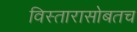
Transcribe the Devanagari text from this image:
विस्तारासोबतच